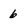
Character: 6